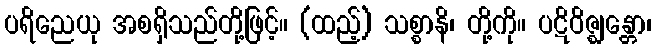
ပရိညေယု အစရှိသည်တို့ဖြင့်။ (ထည့်) သစ္စာနိ၊ တို့ကို။ ပဋိဝိဇ္ဈန္တော၊